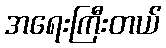
အရေးကြီးတယ်